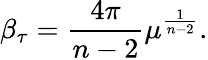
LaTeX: \beta_{\tau}=\frac{4\pi}{n-2}{\mu}^{\frac{1}{n-2}}.